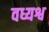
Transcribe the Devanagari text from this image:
वध्यश्व